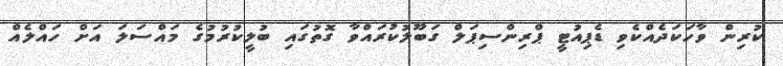
ކުރިން ވާހަކަދެއްކެވި ޑެޕިއުޓީ ޕްރިންސިޕަލް ގަބޫލުކުރައްވާ ގޮތުގައި ބުލީކުރުމުގެ މައްސަލަ އަށް ހައްލެއް